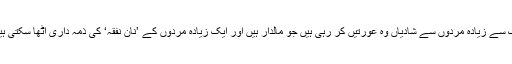
ایک سے زیادہ مردوں سے شادیاں وہ عورتیں کر رہی ہیں جو مالدار ہیں اور ایک زیادہ مردوں کے ’نان نفقہ‘ کی ذمہ داری اٹھا سکتی ہیں ۔